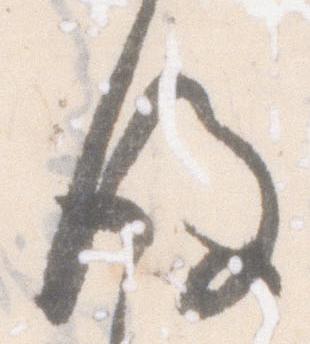
後